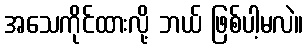
အသေကိုင်ထားလို့ ဘယ် ဖြစ်ပါ့မလဲ။